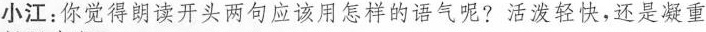
小江：你觉得朗读开头两句应该用怎样的语气呢?活泼轻快，还是凝重